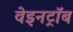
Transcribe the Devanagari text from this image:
वेइनट्रॉब